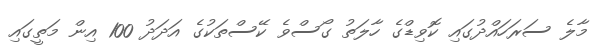
މާލެ ސަރަހައްދުގައި ކޮވިޑްގެ ހާލަތު ގޯސްވެ ކޭސްތަކުގެ އަދަދު 100 އިން މަތީގައި